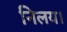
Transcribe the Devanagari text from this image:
निलय।